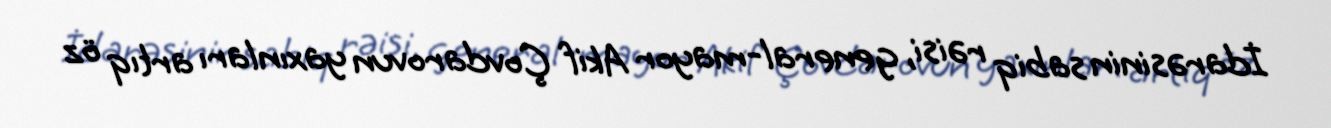
İdarəsinin sabiq rəisi, general-mayor Akif Çovdarovun yaxınları artıq öz